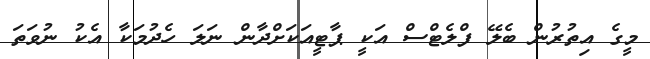
މީގެ އިތުރުން ބެލޭ ފްލެޓްސް އަކީ ޕާޓީއަކަށްދާން ނަލަ ހެދުމަކާ އެކު ނުވަތަ